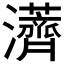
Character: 𱪏